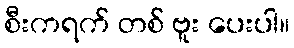
စီးကရက် တစ် ဗူး ပေးပါ။